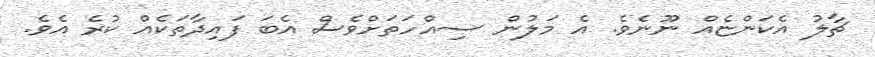
ޗާލު އެކަންޏެއް ނޫނެވެ. އެ މަލުން ސިއްހަތަށްވެސް އެބަ ފައިދާތަކެއް ކުރެ އެވެ.